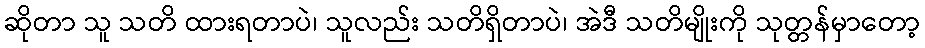
ဆိုတာ သူ သတိ ထားရတာပဲ၊ သူလည်း သတိရှိတာပဲ၊ အဲဒီ သတိမျိုးကို သုတ္တန်မှာတော့